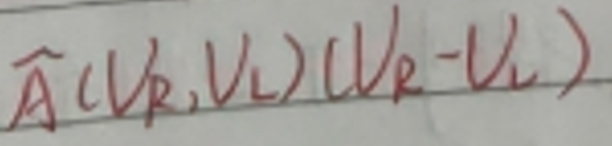
$\widehat{A}(V_R,V_L)(V_R - V_L)$